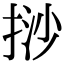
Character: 挱